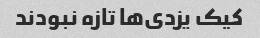
کیک یزدی‌ها تازه نبودند